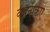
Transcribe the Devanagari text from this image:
वेर्बेनाकेऐ